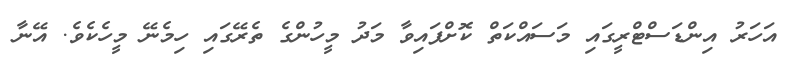
އަހަރު އިންޑަސްޓްރީގައި މަސައްކަތް ކޮށްފައިވާ މަދު މީހުންގެ ތެރޭގައި ހިމެނޭ މީހެކެވެ. އޭނާ